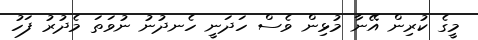
މީގެ ކުރިން އޭނާ މުޅިން ވެސް ހަދަނީ ހެނދުނު ނުވަތަ މެދުރު ފަހު